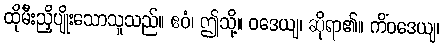
ထိုမီးညှိပျိုးသောသူသည်။ ဧဝံ၊ ဤသို့။ ဝဒေယျ၊ ဆိုရာ၏။ ကိံဝဒေယျ၊